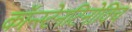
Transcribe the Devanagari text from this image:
कॉन्स्टेनटिनोविच